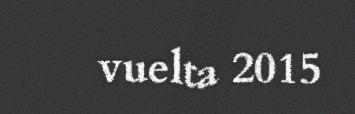
vuelta 2015